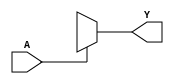
module single_variable_kmap (
    input wire A,    // Input variable (1-bit)
    output wire Y    // Output variable (1-bit)
);

// K-map implementation
assign Y = (A == 1'b0) ? Y0 : Y1;

endmodule